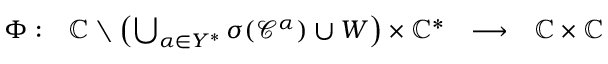
\begin{array} { r } { \begin{array} { l l l l } { \Phi : } & { \mathbb { C } \setminus \left( \bigcup _ { \alpha \in Y ^ { * } } \sigma ( \mathcal { C } ^ { \alpha } ) \cup W \right) \times \mathbb { C } ^ { * } } & { \longrightarrow } & { \mathbb { C } \times \mathbb { C } } \end{array} } \end{array}